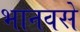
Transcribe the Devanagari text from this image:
भानवसे